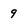
Character: 9